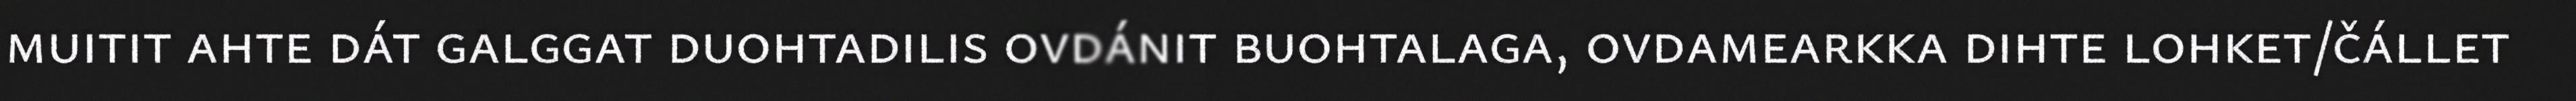
muitit ahte dát galggat duohtadilis ovdánit buohtalaga, ovdamearkka dihte lohket/čállet